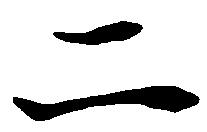
二